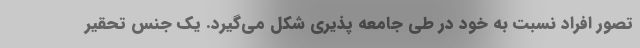
تصور افراد نسبت به خود در طی جامعه پذیری شکل می‌گیرد. یک جنس تحقیر